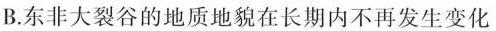
B.东非大裂谷的地质地貌在长期内不再发生变化